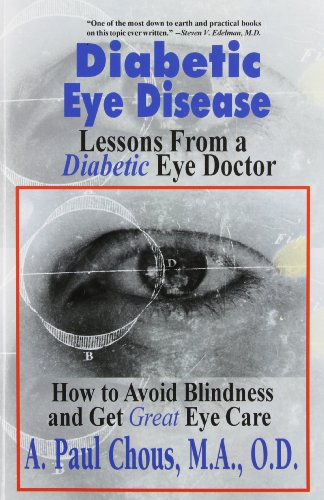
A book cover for Diabetic Eye Disease; Paul Chous; Health, Fitness & Dieting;